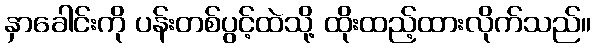
နှာခေါင်းကို ပန်းတစ်ပွင့်ထဲသို့ ထိုးထည့်ထားလိုက်သည်။